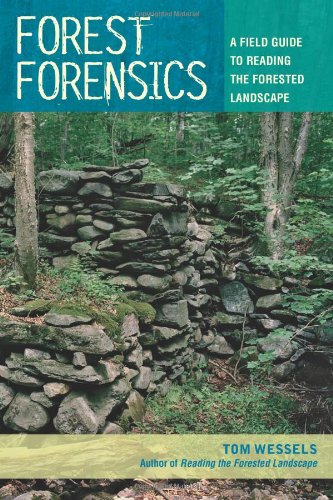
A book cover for Forest Forensics: A Field Guide to Reading the Forested Landscape; Tom Wessels; Science & Math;